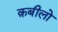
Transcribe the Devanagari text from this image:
क़बीलो